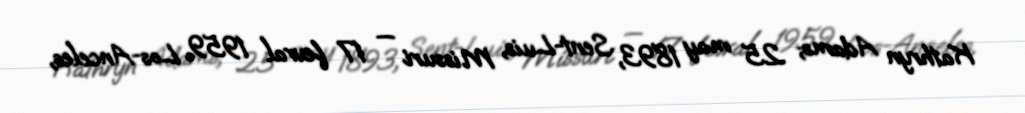
Kathryn Adams; 25 may 1893, Sent-Luis, Missuri — 17 fevral 1959, Los-Anceles,